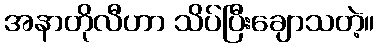
အနာတိုလီဟာ သိပ်ပြီးချောသတဲ့။